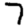
Digit: 7